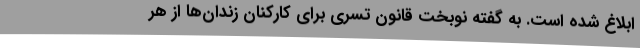
ابلاغ شده است. به گفته نوبخت قانون تسری برای کارکنان زندان‌ها از هر